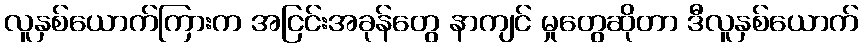
လူနှစ်ယောက်ကြားက အငြင်းအခုန်တွေ နာကျင် မှုတွေဆိုတာ ဒီလူနှစ်ယောက်